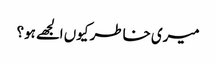
میری خاطر کیوں الجھے ہو؟